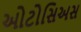
ઓટોસિઅસ